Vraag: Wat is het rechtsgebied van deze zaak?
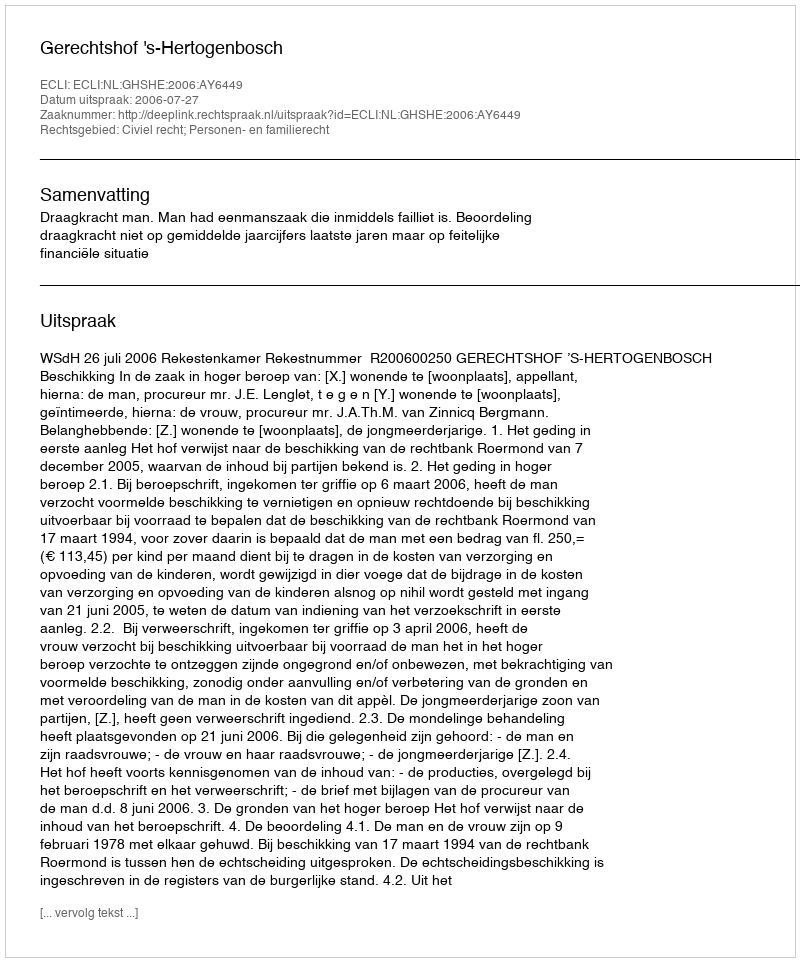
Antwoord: Civiel recht; Personen- en familierecht